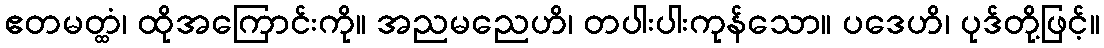
ဧတမတ္ထံ၊ ထိုအကြောင်းကို။ အညမညေဟိ၊ တပါးပါးကုန်သော။ ပဒေဟိ၊ ပုဒ်တို့ဖြင့်။